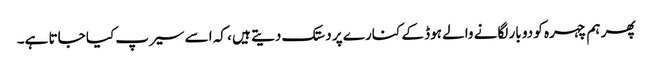
پھر ہم چہرہ کو دو بار لگانے والے ہوڈ کے کنارے پر دستک دیتے ہیں ، کہ اسے سیرپ کیا جاتا ہے۔